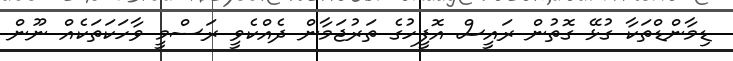
ޑިމާންޑްތަކާ ގުޅޭ ގޮތުން ރައީސް އޮފީހުގެ ތަރުޖަމާން ދެއްކެވީ ރަސްމީ ވާހަކަތަކެއް ނޫން